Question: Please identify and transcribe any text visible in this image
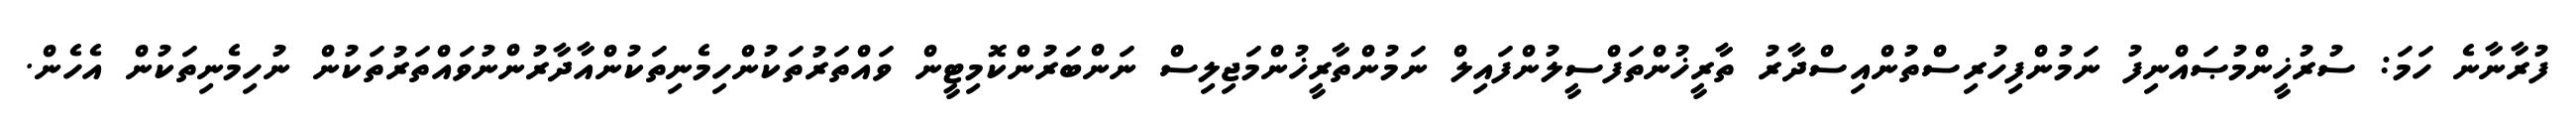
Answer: ފުރާނާނެ ހަމަ: ސުރުޚީންމުޞައްނިފު ނަމުންފިހުރިސްތުންއިސްދާރު ތާރީޚުންތަފްސީލުންފައިލް ނަމުންތާރީޚުންމަޖިލިސް ނަންބަރުންކޮމިޓީން ވައްތަރުތަކުންހިމެނިތަކުންއާދާރުންނުވައްތަރުތަކުން ނުހިމެނިތަކުން އެހެން.